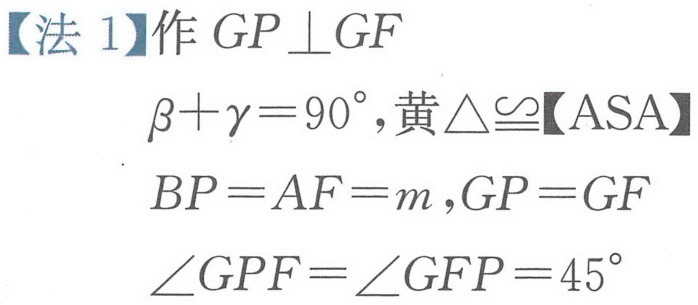
【法 1】作$GP\perp GF$
$\beta+\gamma = 90^{\circ}$, 黄$\triangle\cong$【ASA】
$BP = AF = m,GP = GF$
$\angle GPF=\angle GFP = 45^{\circ}$